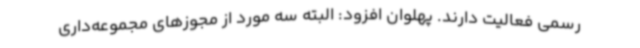
رسمی فعالیت دارند. پهلوان افزود: البته سه مورد از مجوزهای مجموعه‌داری